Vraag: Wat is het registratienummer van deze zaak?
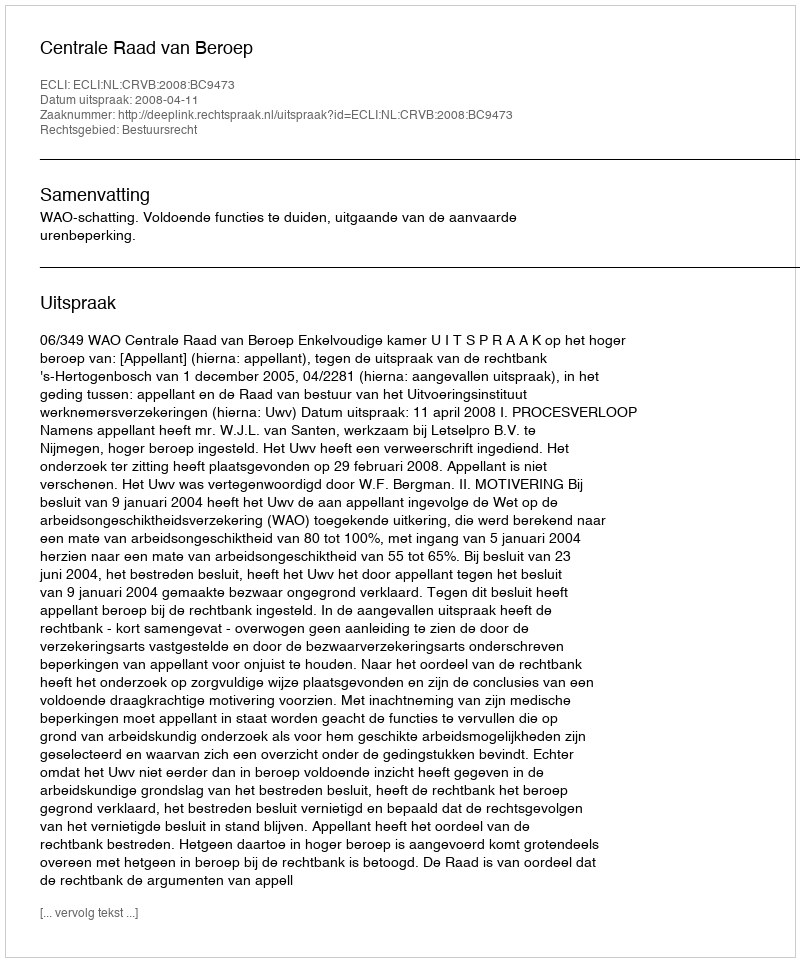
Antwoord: http://deeplink.rechtspraak.nl/uitspraak?id=ECLI:NL:CRVB:2008:BC9473